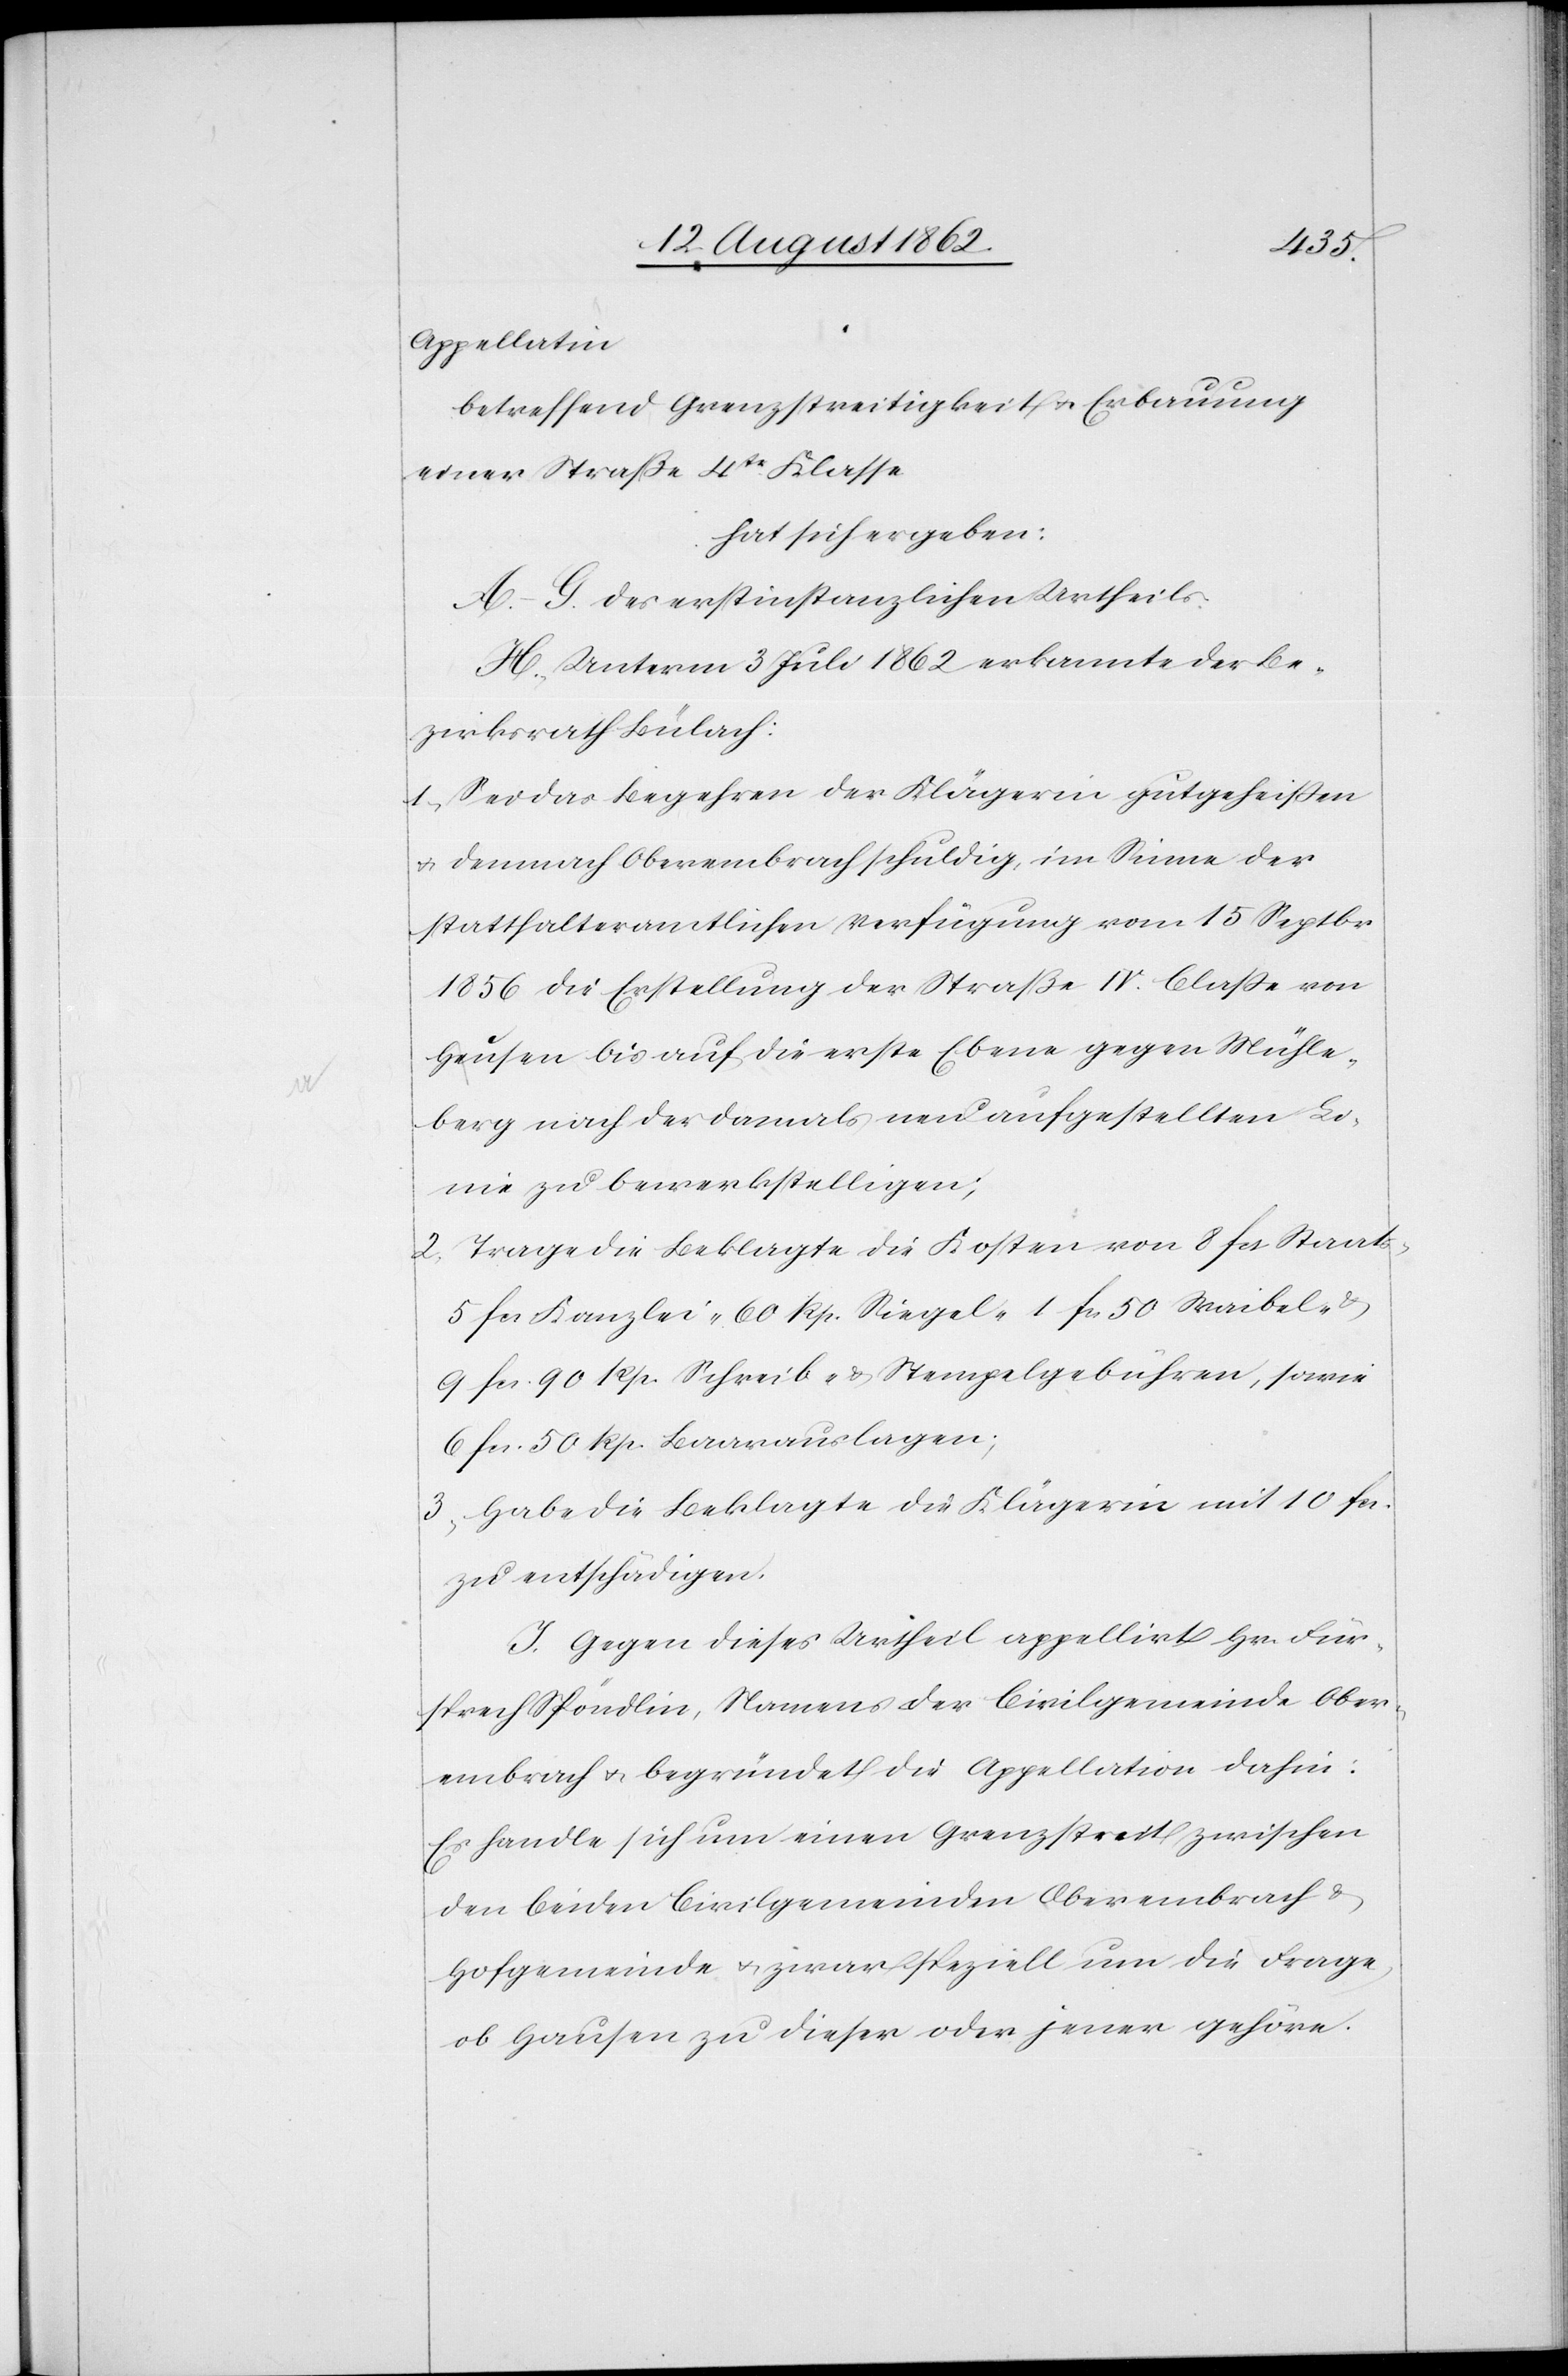
Appellatin
betreffend Grenzstreitigkeit u. Erbauung
einer Straße 4tr Klasse
hat sich ergeben:
A.–G. des erstinstanzlichen Urtheils.
H. Unterm 3. Juli 1862 erkannte der Be¬
zirksrath Bülach:
1. Sei das Begehren der Klägerin gutgeheißen
u. demnach Oberembrach schuldig, im Sinne der
statthalteramtlichen Verfügung vom 15. Septbr.
1856 die Erstellung der Straße IV: Claße von
Hausen] bis auf die erste Ebene gegen Mühle¬
berg nach der damals neu aufgestellten Li¬
nie zu bewerkstelligen;
2. Trage die Beklagte die Kosten von 8 fcs. Staats-[,]
5 fcs. Kanzlei-[,] 60 Rp. Siegel-[,] 1 fcs. 50 Waibel-
9 fcs. 90 Rp. Schreib- u. Stempelgebühren, sowie
6 fcs. 50 Rp. Baarauslagen;
3. Habe die Beklagte die Klägerin mit 10 fcs.
zu entschädigen.
J. Gegen dieses Urtheil appellirt Hr. Für¬
sprech Spöndlin, Namens der Civilgemeinde Ober¬
embrach u. begründet die Appellation dahin:
Es handle sich um einen Grenzstreit zwischen
den beiden Civilgemeinden Oberembrach u.
Hofgemeinde u. zwar speziell um die Frage,
ob Hausen zu dieser oder jener gehöre.